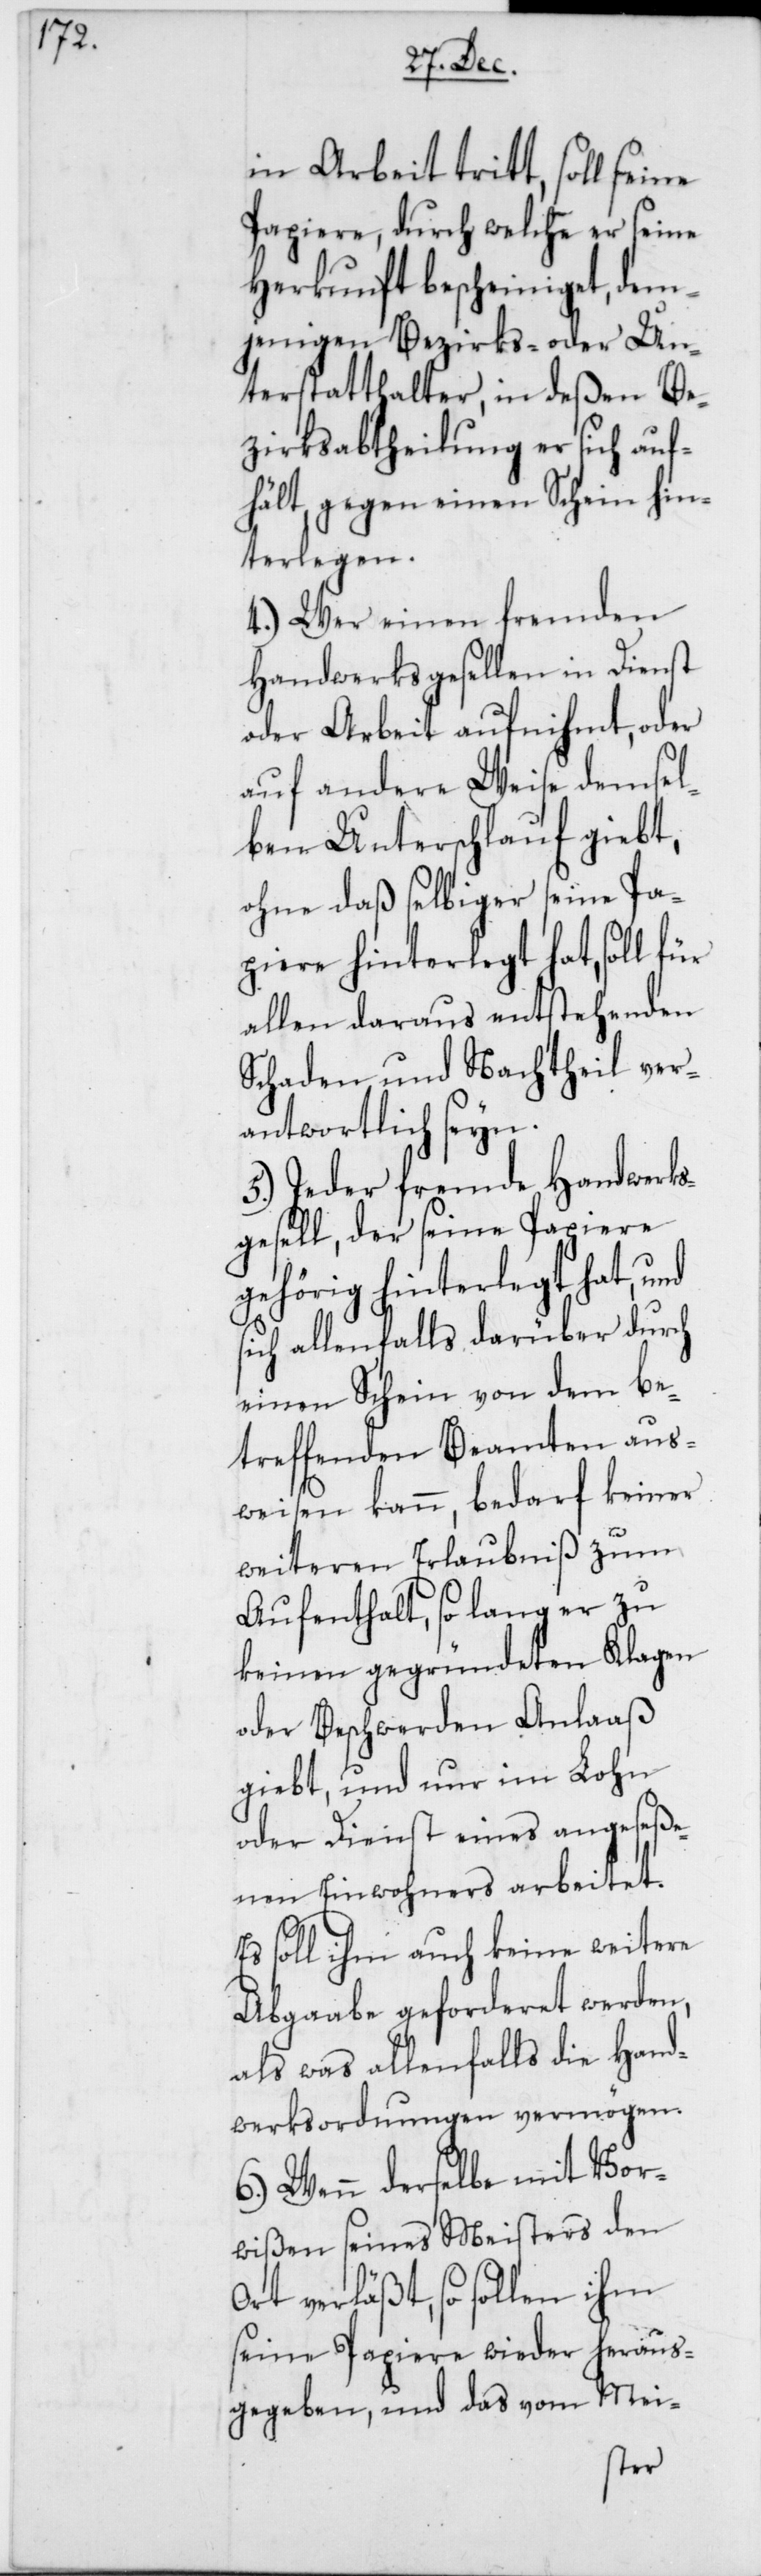
s¬

in Arbeit tritt, soll seine
Papiere, durch welche er seine
Herkunft bescheiniget, dem¬
jenigen Bezirks- oder Un¬
terstatthalter, in deßen Be¬
zirksabtheilung er sich auf¬
hält, gegen einen Schein hin¬
terlegen.
4.) Wer einen fremden
Handwerksgesellen in Dienst
oder Arbeit aufnihmt, oder
auf andere Weise demsel¬
ben Unterschlauf gibt,
ohne daß selbiger seine Pa¬
piere hinterlegt hat, soll für
allen daraus entstehenden
Schaden und Nachtheil ver¬
antwortlich seyn.
5.) Jeder fremde Handwerks¬
gesell, der seine Papiere
gehörig hinterlegt hat, und
ich allenfalls darüber durch
einen Schein von dem be¬
treffenden Beamten aus¬
weisen kann, bedarf keiner
weiteren Erlaubniß zum
Aufenthalt, so lang er zu
keinen gegründeten Klagen
oder Beschwerden Anlaaß
giebt, und nur im Lohn
oder Dienst eines angeseße¬
nen Einwohners arbeitet.
Es soll ihm auch keine weitere
Abgaabe geforderet werden,
als was allenfalls die Hand¬
werksordnungen vermögen.
6.) Wenn derselbe mit Vor¬
wißen seines Meisters den
Ort verläßt, so sollen ihm
seine Papiere wieder heraus¬
gegeben, und das vom Meis-